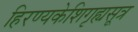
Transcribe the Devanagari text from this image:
हिरण्यकेशिगृह्यसूत्र